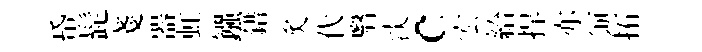
帋髭戔器虹鏹錯炙代翳淡c宏給捍亦须拓